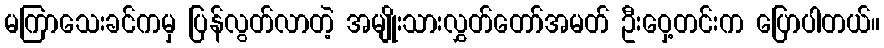
မကြာသေးခင်ကမှ ပြန်လွတ်လာတဲ့ အမျိုးသားလွှတ်တော်အမတ် ဦးဝှေ့တင်းက ပြောပါတယ်။